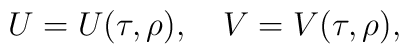
U = U(\tau,\rho),\quad  V = V(\tau,\rho),